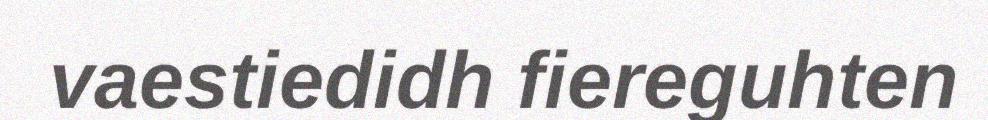
vaestiedidh fiereguhten